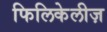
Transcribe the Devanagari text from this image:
फिलिकेलीज़